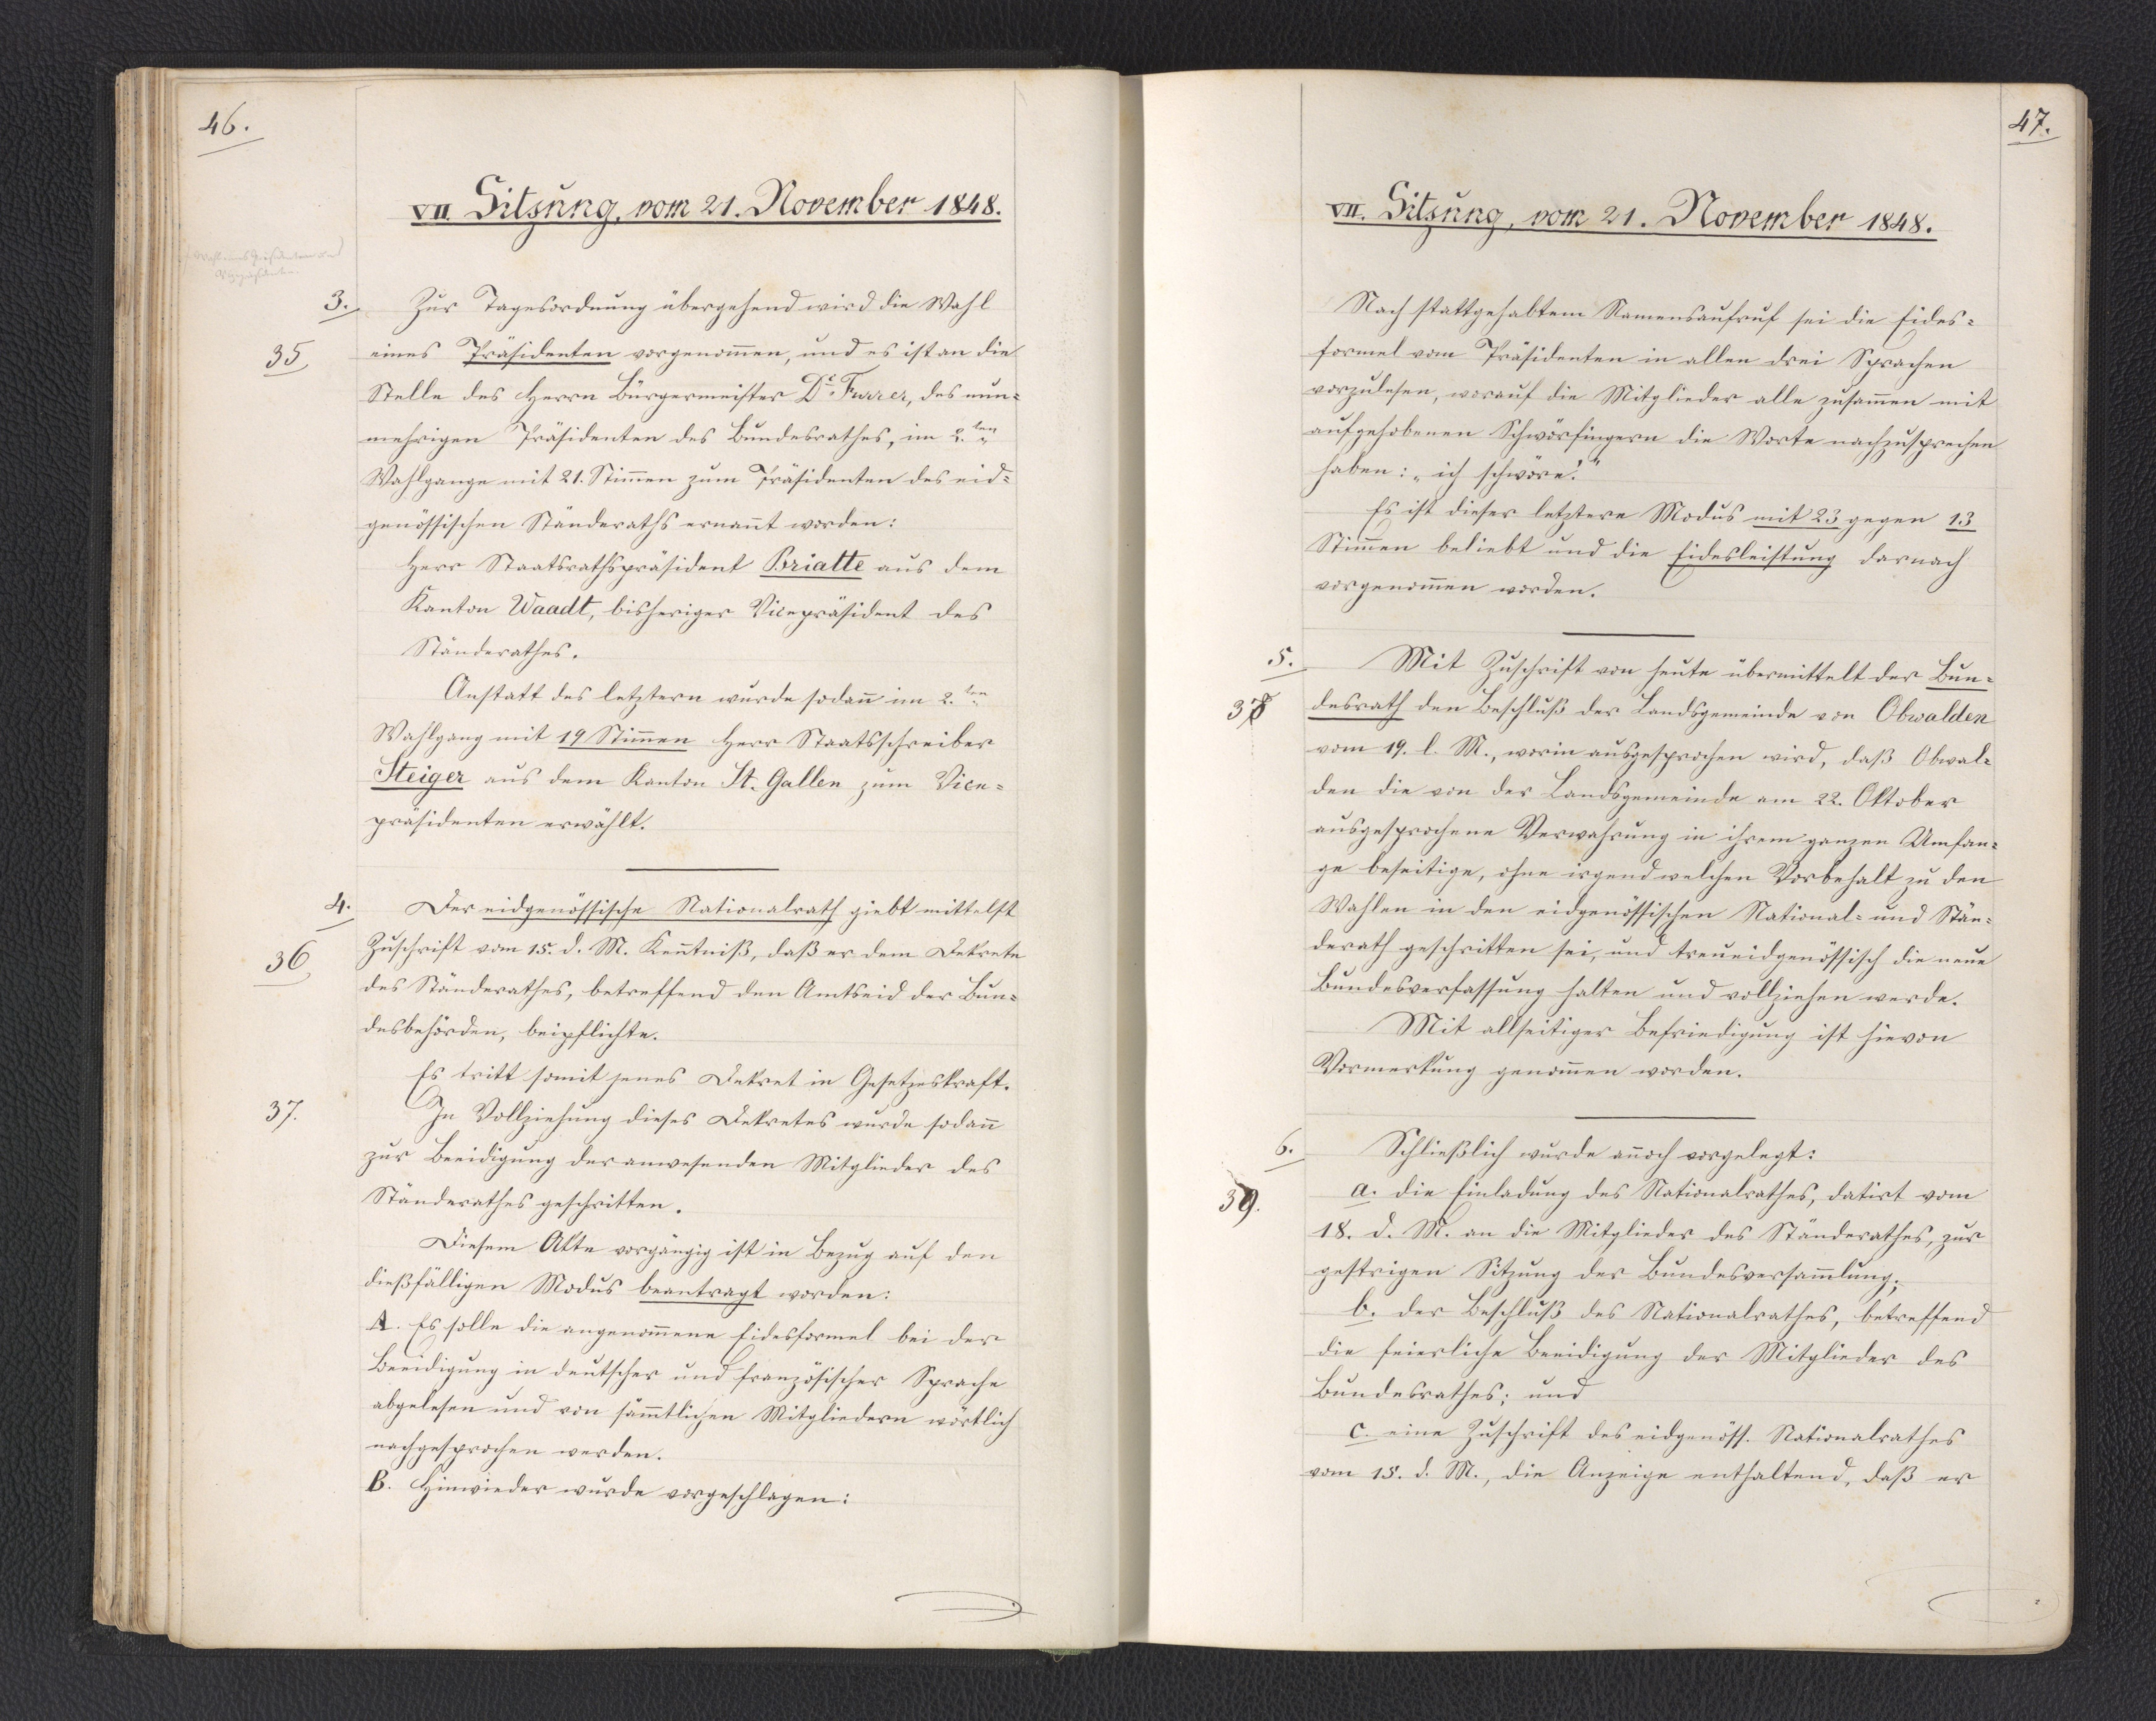
46.

VII. Sitzung, vom 21. November 1848.

Zur Tagesordnung übergehend wird die Wahl
eines Präsidenten vorgenommen, und es ist an die
Stelle des Herrn Bürgermeister Dr. Furrer, des nun¬
mehrigen Präsidenten des Bundesrathes, im 2.ten
Wahlgange mit 21. Stimmen zum Präsidenten des eid¬
genössischen Ständeraths ernannt worden:
Herr Staatsrathspräsident Briatte aus dem
Kanton Waadt, bisheriger Vicepräsident des
Ständerathes.
Anstatt des letztern wurde sodann im 2.ten
Wahlgang mit 19 Stimmen Herr Staatsschreiber
Steiger aus dem Kanton St. Gallen zum Vice¬
präsidenten erwählt.
Der eidgenössische Nationalrath giebt mittelst
Zuschrift vom 15. d. M. Kenntniß, daß er dem Dekrete
des Ständerathes, betreffend den Amtseid der Bun¬
desbehörden, beipflichte.
Es tritt somit jenes Dekret in Gesetzeskraft.
In Vollziehung dieses Dekretes wurde sodann
zur Beeidigung der anwesenden Mitglieder des
Ständerathes geschritten.
Diesem Akte vorgängig ist in Bezug auf den
dießfälligen Modus beantragt worden:
A. Es solle die angenommene Eidesformel bei der
Beeidigung in deutscher und französischer Sprache
abgelesen und von sämmtlichen Mitgliedern wörtlich
nachgesprochen werden.
B. Hinwieder wurde vorgeschlagen:

3.
35

4.
36
37.

47.

VII. Sitzung, vom 21. November 1848.

Nach stattgehabtem Namensaufruf sei die Eides¬
formel vom Präsidenten in allen drei Sprachen
vorzulesen, worauf die Mitglieder alle zusammen mit
aufgehobenen Schwörfingern die Worte nachzusprechen
haben: "ich schwöre!"
Es ist dieser letztere Modus mit 23 gegen 13
Stimmen beliebt und die Eidesleistung darnach
vorgenommen worden.
Mit Zuschrift von heute übermittelt der Bun¬
desrath den Beschluß der Landsgemeinde von Obwalden
vom 19. l. M., worin ausgesprochen wird, daß Obwal¬
den die von der Landsgemeinde am 22. Oktober
ausgesprochene Verwahrung in ihrem ganzen Umfan¬
ge beseitige, ohne irgend welchen Vorbehalt zu den
Wahlen in den eidgenössischen National- und Stän¬
derath geschritten sei, und treueidgenössisch die neue
Bundesverfassung halten und vollziehen werde.
Mit allseitiger Befriedigung ist hievon
Vormerkung genommen worden.
Schließlich wurde annoch vorgelegt:
a. die Einladung des Nationalrathes, datirt vom
18. d. M. an die Mitglieder des Ständerathes, zur
gestrigen Sitzung der Bundesversammlung;
b. der Beschluß des Nationalrathes, betreffend
die feierliche Beeidigung der Mitglieder des
Bundesrathes, und
c. eine Zuschrift des eidgenöss. Nationalrathes
vom 15. d. M., die Anzeige enthaltend, daß er

5.
38

6.
39